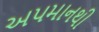
અપમાનથી